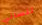
تنساني